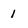
Character: 1